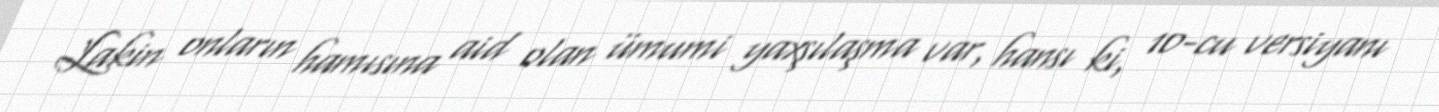
Lakin onların hamısına aid olan ümumi yaxşılaşma var, hansı ki, 10-cu versiyanı